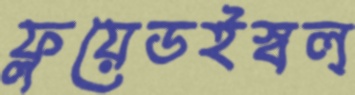
ফ্লয়েডইস্বল্